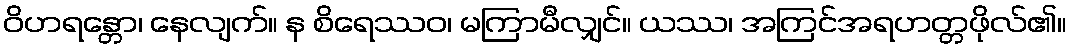
ဝိဟရန္တော၊ နေလျက်။ န စိရေဿဝ၊ မကြာမီလျှင်။ ယဿ၊ အကြင်အရဟတ္တဖိုလ်၏။